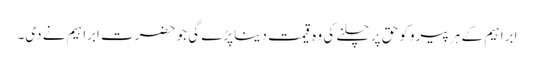
ابراہیم کے ہر پیروکو حق پر چلنے کی وہ قیمت دینا پڑے گی جو حضرت ابراہیم نے دی۔